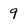
Character: 9